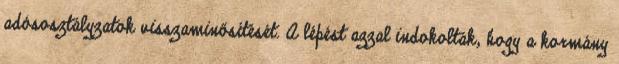
adósosztályzatok visszaminősítését. A lépést azzal indokolták, hogy a kormány